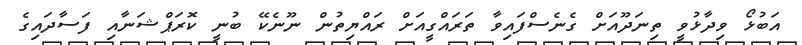
އަބުޅޯ ވިދާޅުވީ ތިނަދޫއަށް ގެނެސްފައިވާ ތަރައްގީއަށް ރައްޔިތުން ނޫނެކޭ ބުނީ ކޮރަޕްޝަނާއި ފަސާދައިގެ